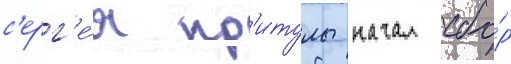
с'ерг'е́я пр'итулы начал сбо́р